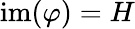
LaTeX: \mathrm{im}(\varphi)=H